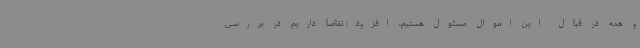
و همه در قبال این اموال مسئول هستیم، افزود: تقاضا داریم در بررسی